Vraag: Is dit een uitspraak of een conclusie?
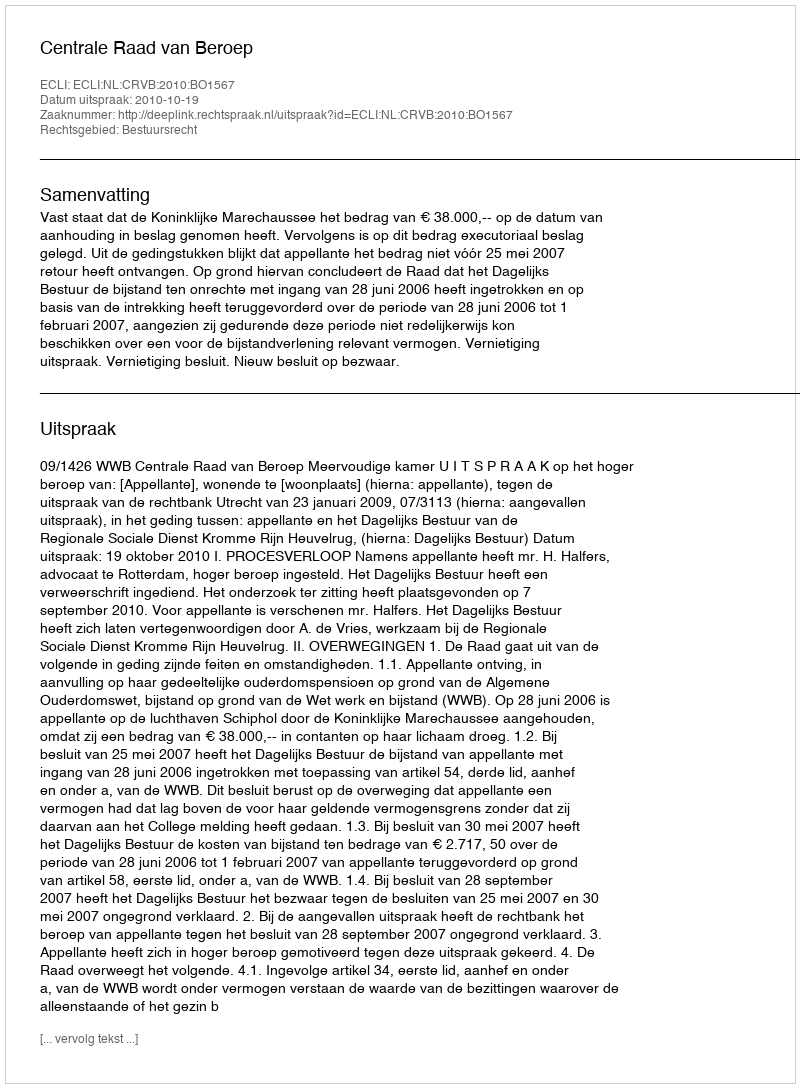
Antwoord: Uitspraak